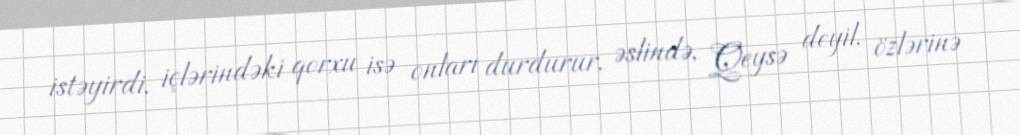
istəyirdi, içlərindəki qorxu isə onları durdurur, əslində, Qeysə deyil, özlərinə